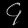
Digit: ၄